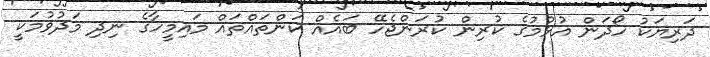
ދަރިޔަކު ހޯދަން އުޅުމުގެ ކުރިން ކުރަންޖެހޭ ބައެއް ކަންތައްތައް މައިމީހާގެ ނިދި މަދުވުމަކީ